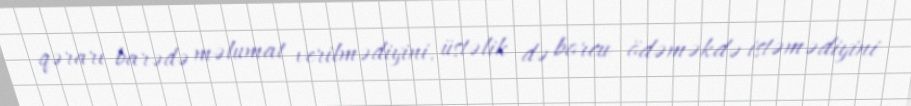
qərarı barədə məlumat verilmədiyini, üstəlik də borcu ödəməkdə istəmədiyini